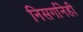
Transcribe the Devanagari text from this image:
निसर्गानेही